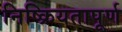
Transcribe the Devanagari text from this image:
निष्क्रियतापूर्ण